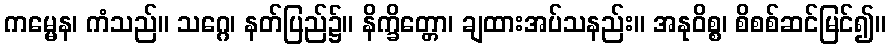
ကမ္မေန၊ ကံသည်။ သဂ္ဂေ၊ နတ်ပြည်၌။ နိက္ခိတ္တော၊ ချထားအပ်သနည်း။ အနုဝိစ္စ၊ စိစစ်ဆင်မြင်၍။